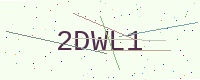
Text: 2DWL1